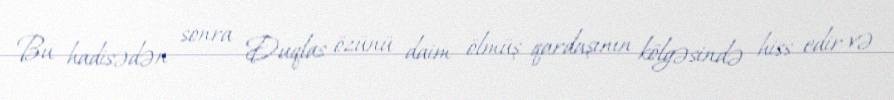
Bu hadisədən sonra Duqlas özünü daim ölmüş qardaşının kölgəsində hiss edir və